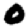
Digit: 0